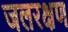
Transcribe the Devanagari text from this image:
जलरक्षण